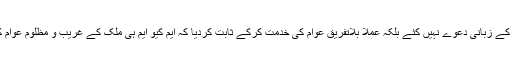
ایم کیوا یم نے عوامی خدمت کے زبانی دعوے نہیں کئے بلکہ عملاً بلاتفریق عوام کی خدمت کرکے ثابت کردیا کہ ایم کیو ایم ہی ملک کے غریب و مظلوم عوام کی واحد نمائندہ جماعت ہے ۔